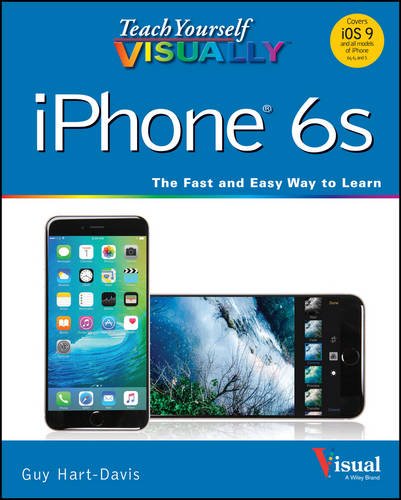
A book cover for Teach Yourself VISUALLY iPhone 6s: Covers iOS9 and all models of iPhone 6s, 6, and iPhone 5 (Teach Yourself VISUALLY (Tech)); Guy Hart-Davis; Computers & Technology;